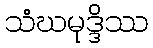
သံဃမုဒ္ဒိဿ